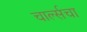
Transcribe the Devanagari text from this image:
चार्ल्सचा